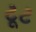
ટૂટ